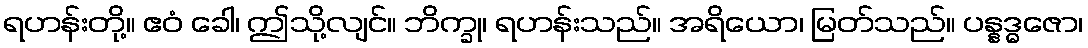
ရဟန်းတို့။ ဧဝံ ခေါ၊ ဤသို့လျင်။ ဘိက္ခု၊ ရဟန်းသည်။ အရိယော၊ မြတ်သည်။ ပန္နဒ္ဓဇော၊